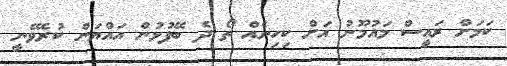
ކަމަށް ރައީސް މައުމޫނު އަށް ކިހިނެއް ތޯ ދެ ބޭފުޅުން އައްޔަން ކުރެވޭނީ